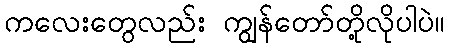
ကလေးတွေလည်း ကျွန်တော်တို့လိုပါပဲ။